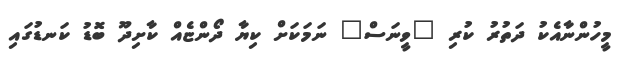
މީހުންނާއެކު ދަތުރު ކުރި "ވީނަސް" ނަމަކަށް ކިޔާ ދޯންޏެއް ކާށިދޫ ބޮޑު ކަނޑުގައި